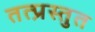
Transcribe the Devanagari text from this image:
तत्प्रस्तुत